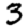
Digit: 3